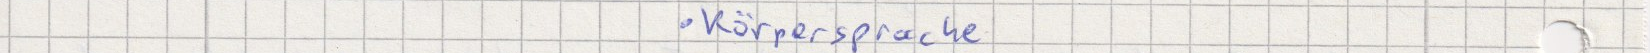
Körpersprache